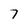
Character: 7